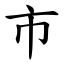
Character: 市